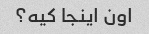
اون اینجا کیه؟